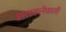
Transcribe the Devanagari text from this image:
झलकनेवाली